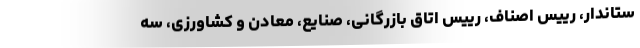
ستاندار، رییس اصناف، رییس اتاق بازرگانی، صنایع، معادن و کشاورزی، سه